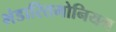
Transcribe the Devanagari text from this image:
भंडारितमोनियम